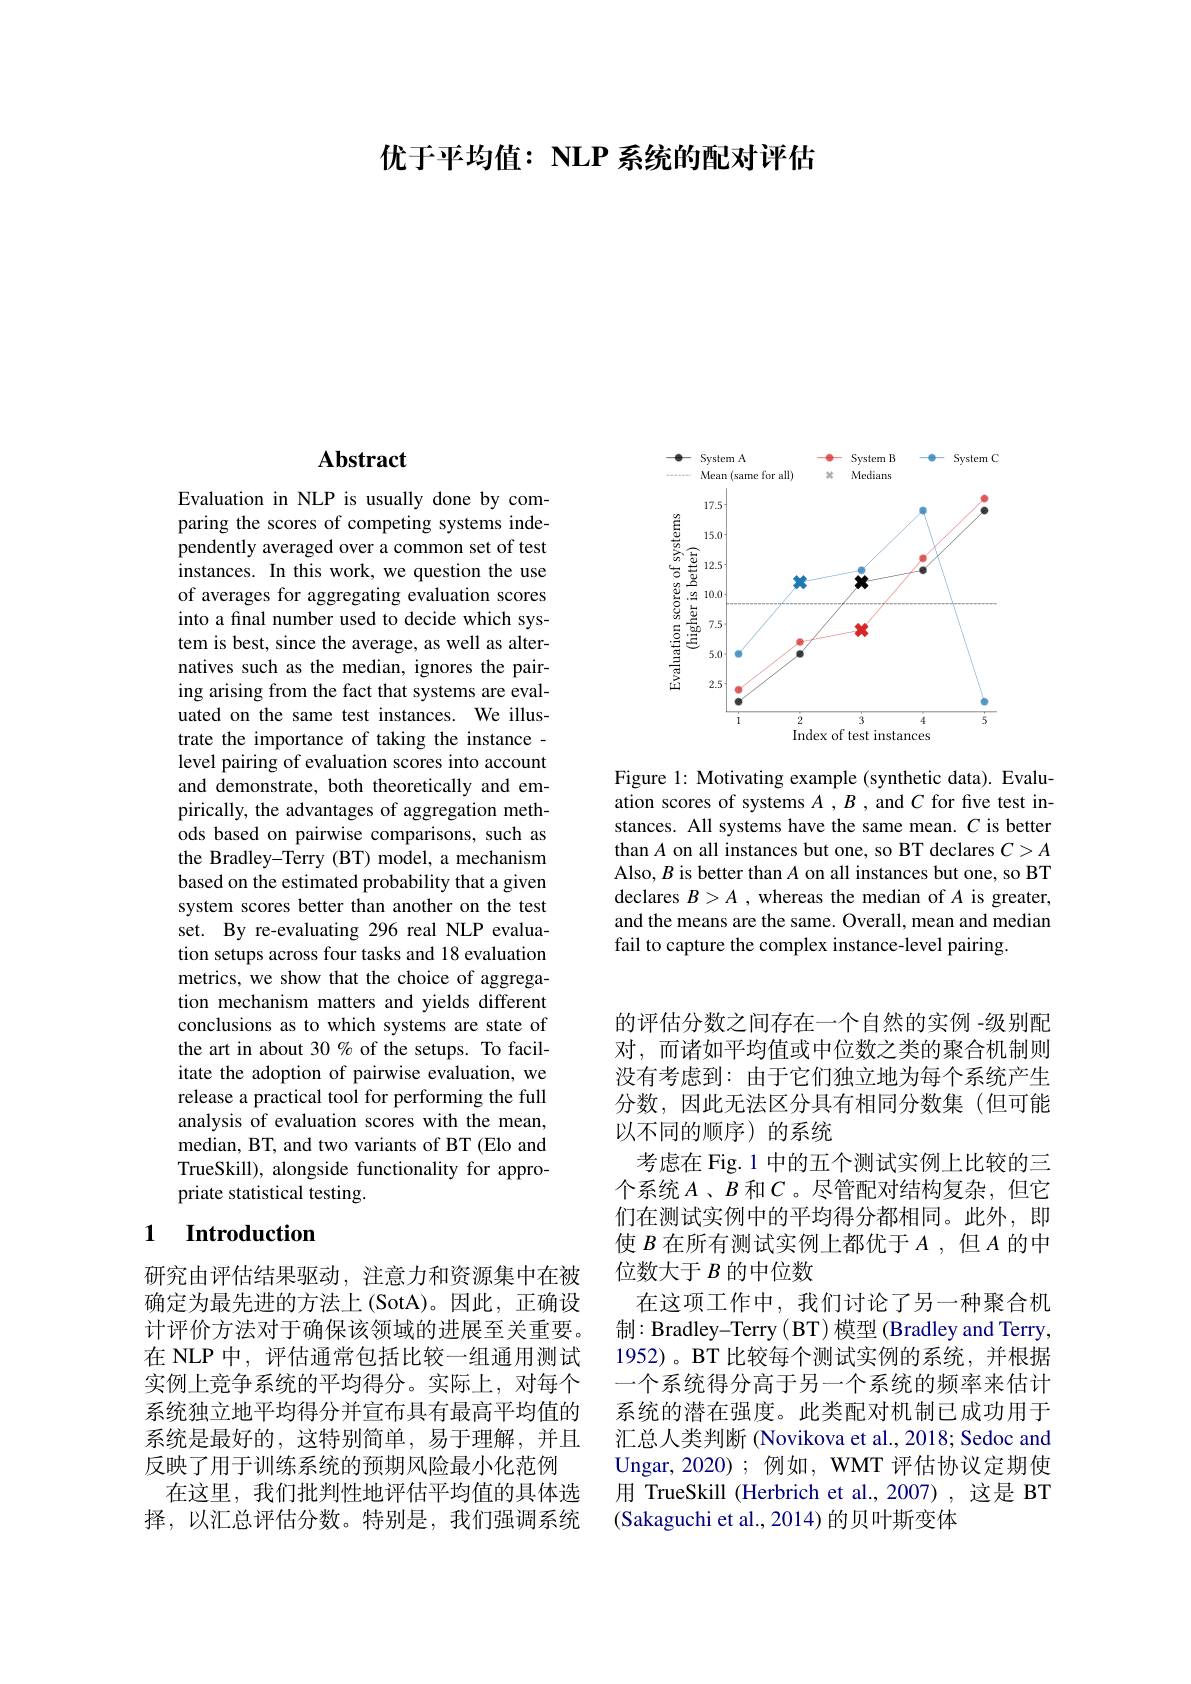
优于平均值：NLP 系统的配对评估

# Abstract

Evaluation in NLP is usually done by comparing the scores of competing systems independently averaged over a common set of test instances. In this work, we question the use of averages for aggregating evaluation scores into a final number used to decide which system is best, since the average, as well as alternatives such as the median, ignores the pairing arising from the fact that systems are evaluated on the same test instances. We illustrate the importance of taking the instance - level pairing of evaluation scores into account and demonstrate, both theoretically and empirically, the advantages of aggregation methods based on pairwise comparisons, such as the Bradley-Terry (BT) model, a mechanism based on the estimated probability that a given system scores better than another on the test set. By re-evaluating 296 real NLP evaluation setups across four tasks and 18 evaluation metrics, we show that the choice of aggregation mechanism matters and yields different conclusions as to which systems are state of the art in about 30% of the setups. To facilitate the adoption of pairwise evaluation, we release a practical tool for performing the full analysis of evaluation scores with the mean, median, BT, and two variants of BT (Elo and TrueSkill), alongside functionality for appropriate statistical testing.

## 1 Introduction

研究由评估结果驱动，注意力和资源集中在被确定为最先进的方法上(SotA)。因此，正确设计评价方法对于确保该领域的进展至关重要。在 NLP 中，评估通常包括比较一组通用测试实例上竞争系统的平均得分。实际上，对每个系统独立地平均得分并宣布具有最高平均值的系统是最好的，这特别简单，易于理解，并且反映了用于训练系统的预期风险最小化范例
在这里，我们批判性地评估平均值的具体选择，以汇总评估分数。特别是，我们强调系统

<FigureHere>

Figure 1: Motivating example (synthetic data). Evaluation scores of systems $A$ , B , and $C$ for five test instances. All systems have the same mean. $C$ is better than $A$ on all instances but one, so BT declares $C>A$ Also, $B$ is better than $A$ on all instances but one, so BT declares $B>A$ ,whereas the median of $A$ is greater, and the means are the same. Overall, mean and median fail to capture the complex instance-level pairing.

的评估分数之间存在一个自然的实例 -级别配对，而诸如平均值或中位数之类的聚合机制则没有考虑到：由于它们独立地为每个系统产生分数，因此无法区分具有相同分数集(但可能以不同的顺序)的系统
考虑在 Fig. 1 中的五个测试实例上比较的三个系统$A$、$B$ 和$C$。尽管配对结构复杂，但它们在测试实例中的平均得分都相同。此外，即使$B$在所有测试实例上都优于$A$,但$A$的中位数大于$B$的中位数
在这项工作中，我们讨论了另一种聚合机制：Bradley-Terry ( BT) 模型 (Bradley and Terry, 1952)。BT 比较每个测试实例的系统，并根据一个系统得分高于另一个系统的频率来估计系统的潜在强度。此类配对机制已成功用于汇总人类判断 (Novikova et al., 2018; Sedoc and Ungar, 2020); 例如，WMT 评估协议定期使用 TrueSkill (Herbrich et al., 2007), 这是 BT (Sakaguchi et al., 2014) 的贝叶斯变体